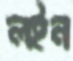
লইন